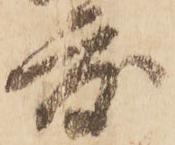
度